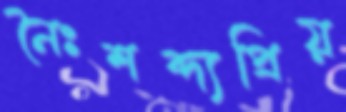
নৈঃশব্দ্যপ্রিয়